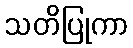
သတိပြုကာ